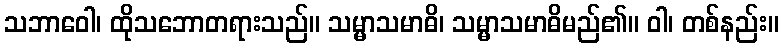
သဘာဝေါ၊ ထိုသဘောတရားသည်။ သမ္မာသမာဓိ၊ သမ္မာသမာဓိမည်၏။ ဝါ၊ တစ်နည်း။